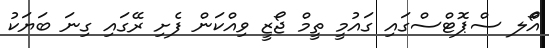
އޯްލ ސްޕޮޓްސްގައި ގައުމީ ތީމް ޖޯޒީ ވިއްކަން ފެށި ރޭގައި ގިނަ ބަޔަކު